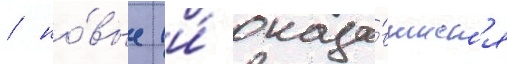
/ но́вые (и́ оказа́вшиес'я